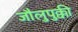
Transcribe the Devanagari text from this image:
जौलुपुक्की